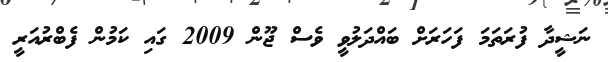
ނަޝީދާ ފުރަތަމަ ފަހަރަށް ބައްދަލުވީ ވެސް ޖޫން 2009 ގައި ކަމުން ފެބްރުއަރީ